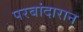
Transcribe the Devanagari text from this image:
परबांदारान